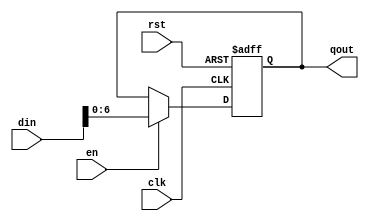
/*--  *******************************************************
--  Computer Architecture Course, Laboratory Sources 
--  Amirkabir University of Technology (Tehran Polytechnic)
--  Department of Computer Engineering (CE-AUT)
--  https://ce[dot]aut[dot]ac[dot]ir
--  *******************************************************
--  All Rights reserved (C) 2020-2021
--  *******************************************************
--  Student ID  : 9833016              9839039
--  Student Name: Amirhossein Poolad & Samin Mahdipour
--  Student Mail: 
--  *******************************************************
--  Additional Comments:
--
--*/

/*-----------------------------------------------------------
---  Module Name: Register 

-----------------------------------------------------------*/
`timescale 1 ns/1 ns

module register (

	input        rst ,
	input        clk ,
	input        en ,
	input  [7:0] din ,
	output reg [6:0] qout
);
//reg [6:0] qout;
	/* write your code here */
	always @(posedge clk or negedge rst)
		if (~rst)
			qout = 7'b0000000;
		else if (en)
			qout = din[6:0];
	/* write your code here */
endmodule